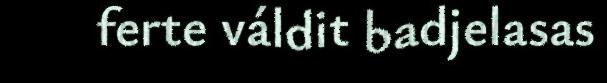
ferte váldit badjelasas